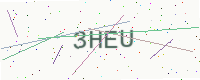
Text: 3HEU